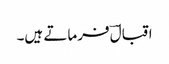
اقبالؔ فرماتے ہیں۔